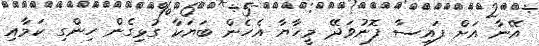
އޭނާ އަށް ފައިސާ ފޮނުވަދޭ މީހާޔާ އެހެން ބަޔަކާ ގުޅިގެން ހިންގި ކަމާއި